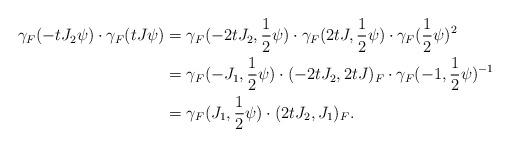
LaTeX: \begin{align*} \gamma_F(-tJ_2 \psi) \cdot \gamma_F(tJ \psi) & = \gamma_F(-2tJ_2, \frac{1}{2} \psi) \cdot \gamma_F(2tJ, \frac{1}{2} \psi) \cdot \gamma_F(\frac{1}{2} \psi)^2 \\ & = \gamma_F(-J_1, \frac{1}{2} \psi) \cdot (-2tJ_2, 2tJ)_F \cdot \gamma_F(-1, \frac{1}{2} \psi)^{-1} \\ & = \gamma_F(J_1, \frac{1}{2} \psi) \cdot (2tJ_2, J_1)_F.\end{align*}